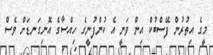
މީގެ އިތުރުން ފޭސްބުކް އިން ވަނީ އެ ކުންފުނީގެ ހިއްސާގެ އޮނިގަނޑަށް ވެސް